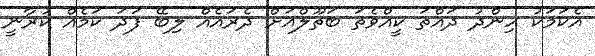
އެކަމަކު ހިންދު ދައްތަ ކީއްވެތަ ބަތޫލްއަށް ދެރައެއް ލިބޭ ފަދަ ކަމެއް ކުރާނީ